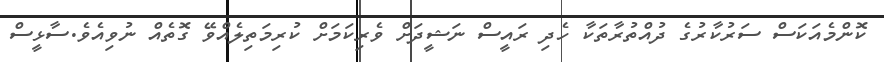
ކޮންމެއަކަސް ސަރުކާރުގެ ދުއްތުރާތަކާ ހެދި ރައީސް ނަޝީދަށް ވެރިކަމަށް ކުރިމަތިލެއްވޭ ގޮތެއް ނުވިއެވެ.ސާޅީސް